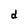
Character: d